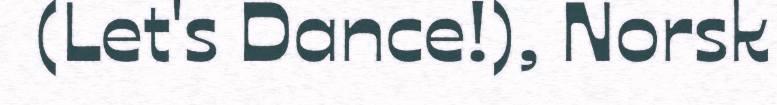
(Let's Dance!), Norsk